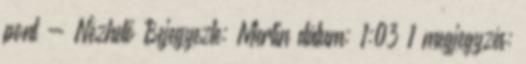
pont - Nézhető Bejegyezte: Merlin dátum: 1:03 1 megjegyzés: